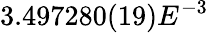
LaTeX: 3.497280(19)E^{-3}